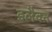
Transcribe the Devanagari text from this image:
इलैवन